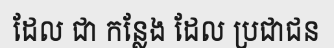
ដែល ជា កន្លែង ដែល ប្រជាជន